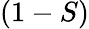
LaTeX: (1-S)